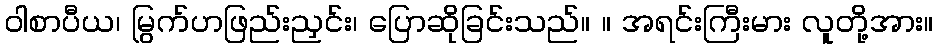
ဝါစာပီယ၊ မြွက်ဟဖြည်းညှင်း၊ ပြောဆိုခြင်းသည်။ ။ အရင်းကြီးမား လူတို့အား။